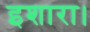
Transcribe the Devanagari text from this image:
इशारा।